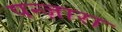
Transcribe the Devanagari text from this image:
पन्ज़ारा